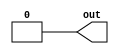
//Solution
module top_module (
    output out);
	
    assign out = 1'b0;
    
endmodule